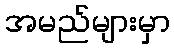
အမည်များမှာ